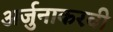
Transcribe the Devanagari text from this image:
अर्जुनाकरवी